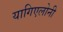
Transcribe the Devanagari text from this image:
यागिएलोनी